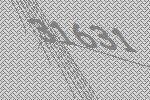
31631